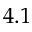
4 . 1